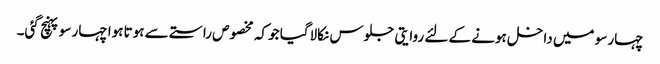
چہار سو میں داخل ہونے کے لئے روایتی جلوس نکالاگیا جو کہ مخصوص راستے سے ہوتا ہوا چہار سو پہنچ گئی۔